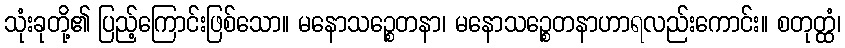
သုံးခုတို့၏ ပြည့်ကြောင်းဖြစ်သော။ မနောသဉ္စေတနာ၊ မနောသဉ္စေတနာဟာရလည်းကောင်း။ စတုတ္ထံ၊